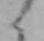
く